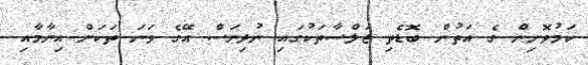
ކަމުވޮށިން ގެ އަތުން ބޮޑެތި ޖަލްސާތަކުގައި ނުދިނަސް އޭގެ ވަނަ ތަކަށް އިނާމާއި